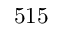
5 1 5